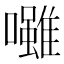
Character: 𡄪